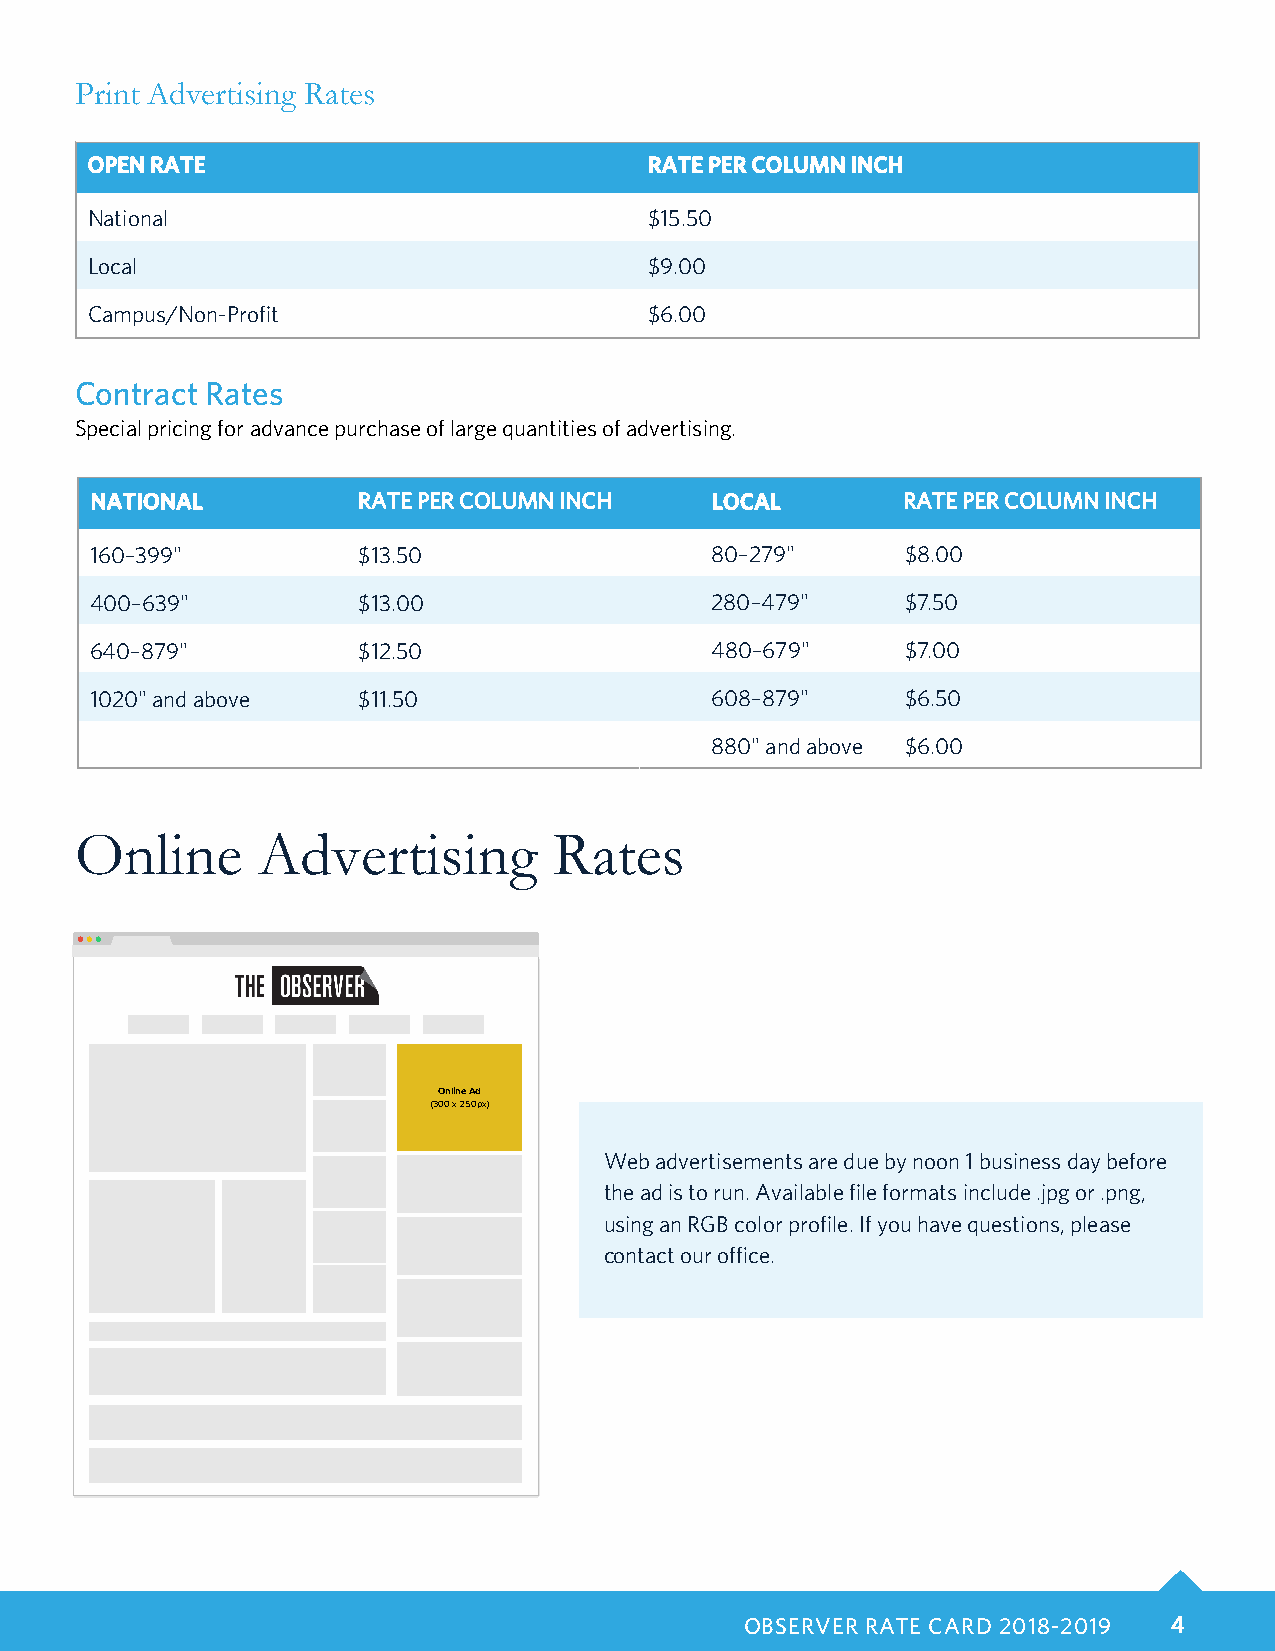
Print Advertising Rates
 OPEN RATE                            RATE PER COLUMN INCH
 National                             $15.50
 Local                                $9.00
 Campus/Non-Profit                    $6.00
 Contract Rates
 Special pricing for advance purchase of large quantities of advertising.
 NATIONAL          RATE PER COLUMN INCH   LOCAL        RATE PER COLUMN INCH
 160–399"          $13.50                 80–279"      $8.00
 400–639"          $13.00                 280–479"     $7.50
 640–879"          $12.50                 480–679"     $7.00
 1020" and above   $11.50                 608–879"     $6.50
 880" and above $6.00
 Online      Advertising         Rates
 Online Ad
 (300 x 250px)
 Web advertisements are due by noon 1 business day before
 the ad is to run. Available file formats include .jpg or .png,
 using an RGB color profile. If you have questions, please
 contact our office.
 OBSERVER RATE CARD 2018-2019 4